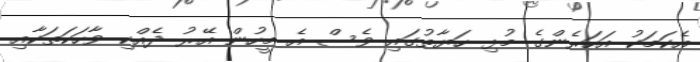
އެކަމަކު އަހަރެންގެ މުޅި ހަޔާތުގައި ވެސް އެ މީހުން އޭރު ދެއްކި ވާހަކަތަކާއި